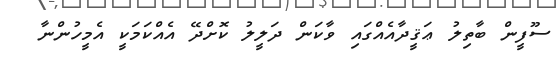
ސޫފީން ބާތިލު ޢަޤީދާއެއްގައި ވާކަން ދަލީލު ކޮށްދޭ އެއްކަމަކީ އެމީހުންނާ